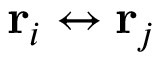
\mathbf { r } _ { i } \leftrightarrow \mathbf { r } _ { j }